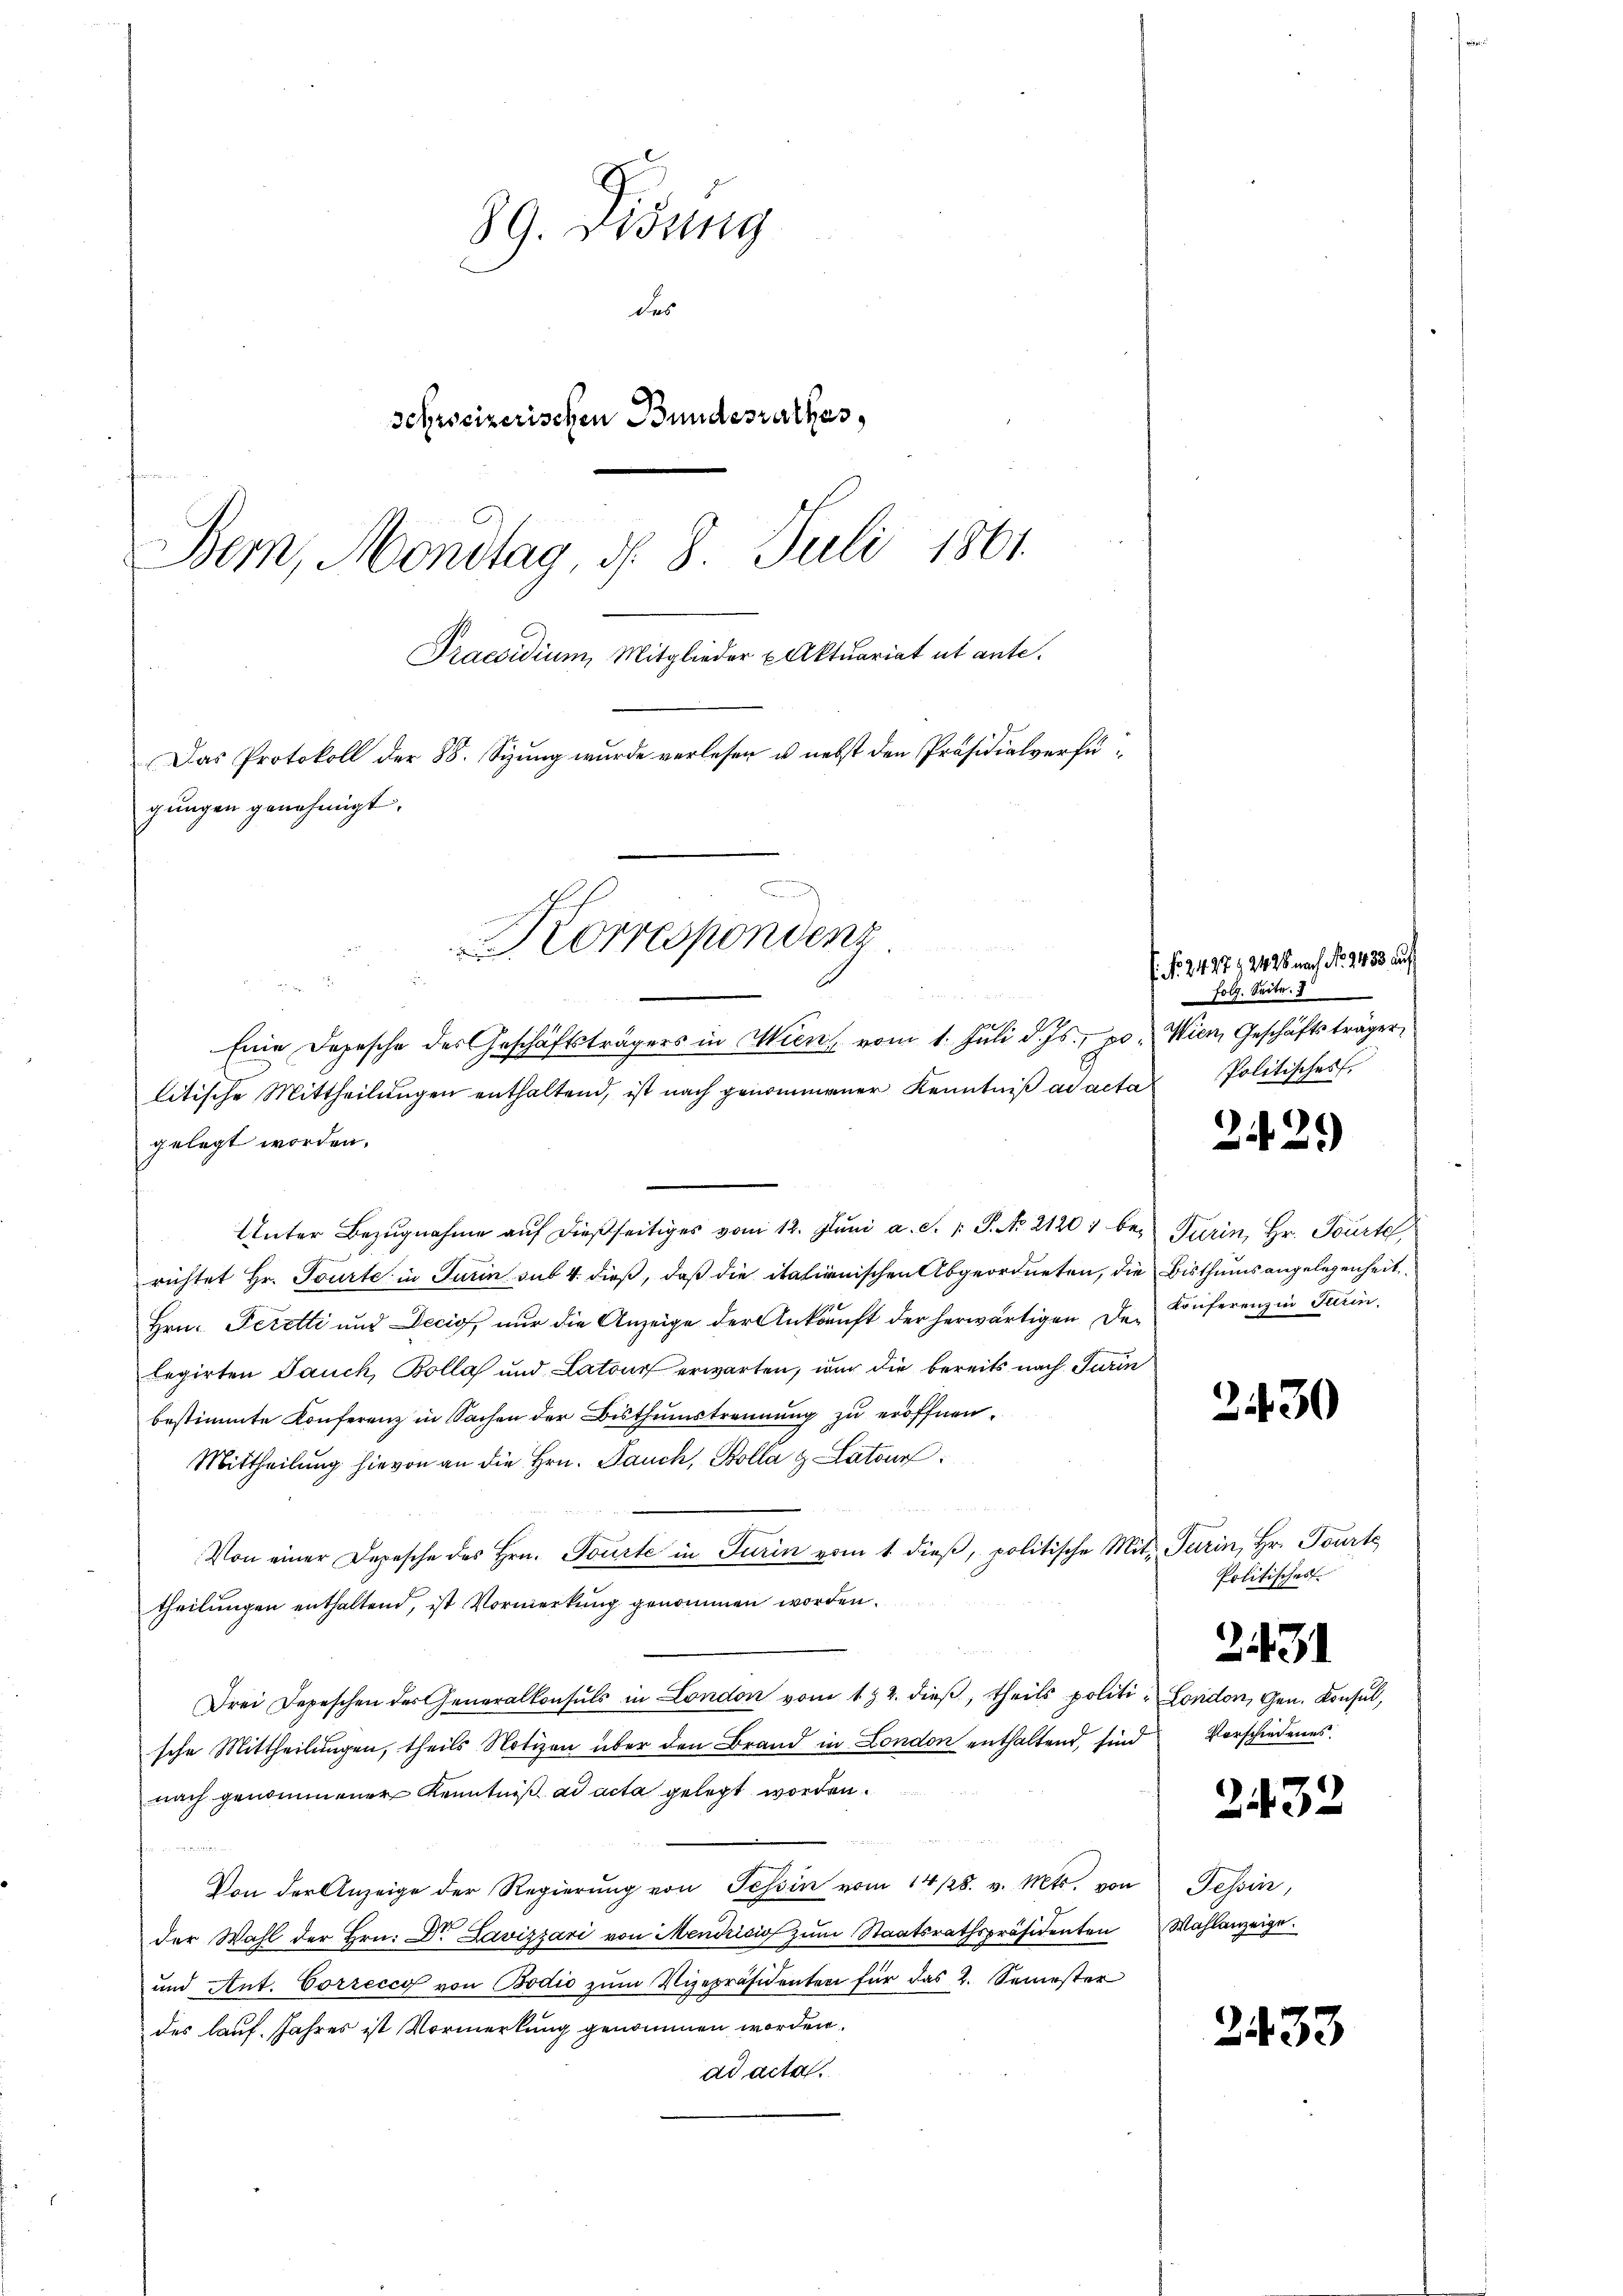
89. Didung
das
schweizerischen Bundesrathes,
Bern, Mondtag, d. 8. Juli 1861
Praesidium, Mitglieder Aktuariat et ante.
Das Protokoll der 88. Stung wurde verlesen u. nebst den Präsidialverfügŭngen genehmigt.

7
Eine Depesche des Geschäftsträgers in Wien vom 1. Juli d. Js. pr. Wien, Geschäftsträger,
litische Mittheilŭngen enthaltend, ist nach genommener Kenntniß ad acta

gelegt worden.
Unter Bezugnahme auf dießseitiges vom 12. Jŭni a. c. 1: P. No. 2120) berichtet Hr. Tourte in Turin sub 4. dieß, daß die italienischen Abgeordneten, die
Hrn. Peretti und Decio, nur die Anzeige der Ankauft der herwärtigen der Konferenz in Turin
legirten Jauch Bolla und Latour erwarten, und die bereits nach Turin
bestimmte Konferenz in Sachen der Bisthumstrennung zu eröffnen.
Mittheilung hievon an die Hrn. Jauch, Kolla & Latour
Von einer Depesche des Hrn. Tourte in Turin vom 1. dieβ, politische Mit Turin, Hr. Tourte
theilungen enthaltend, ist Vormerkung genommen worden.
Drei Depeschen der Generalkonsuls in London vom 1. 22. dieß, theils politi- London, Gen. Konsul,
sche Mittheilungen, theils Notizen über den Brand in London enthaltend, sind
nach genommener Kenntniß ad acta gelegt worden.
Von der Anzeige der Regierŭng von Tessin vom 14/28. v. Mts. von
d
der Wahl der Hrn. Dr. Lavizzari von Mendrisis zŭm Staatsrathspräsidenten Wahlanzeige.
und Ant. Correcco von Bodić zŭm Vizepräsidenten für das 2. Semester
des lauf. Jahres ist Vormerkung genommen worden.
ad acta.

Korrespondenz

No. 2427 f 2428 nach No. 2433 auf
folg. Seite.
Politisches

2.

29)

Turin, Hr. Tourte,
Bisthums angelegenheit

2430

Politisches
2431
Vorschiedenes.

Tessin,

2432

2433